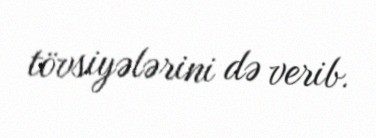
tövsiyələrini də verib.